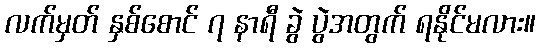
လက်မှတ် နှစ်စောင် ၇ နာရီ ခွဲ ပွဲအတွက် ရနိုင်မလား။